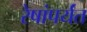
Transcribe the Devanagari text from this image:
रेषांपर्यंत